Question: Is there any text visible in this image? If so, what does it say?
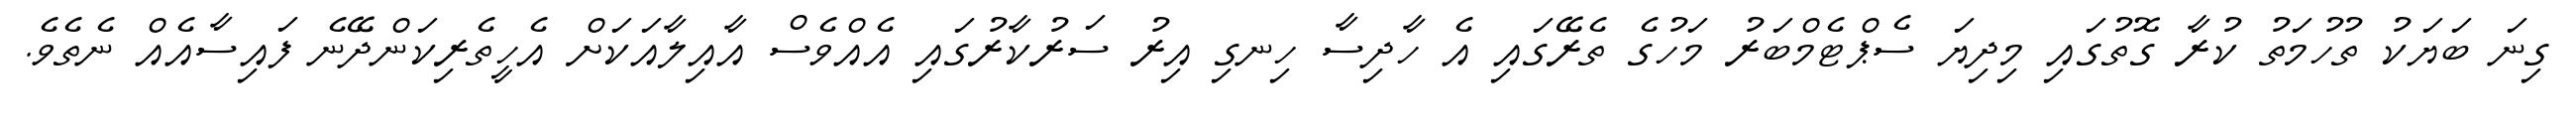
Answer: ގިނަ ބަޔަކު ތުހުމަތު ކުރާ ގޮތުގައި މިދިޔަ ސެޕްޓެމްބަރު މަހުގެ ތެރޭގައި އެ ހާދިސާ ހިނގި އިރު ސަރުކާރުގައި އެއްވެސް އާއިލާއަކަށް އެހީތެރިކަންދޭނެ ފައިސާއެއް ނެތެވެ.